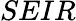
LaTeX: SEIR